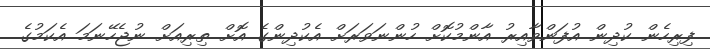
ފިރިހެން ކުދިން އުފަންވާއިރު އާންމުކޮށް ހުންނަވަރަށް އެކުދިންގެ އޮށް ތިރިއަށް ނުޖެހޭނަމަ އެކަމުގެ